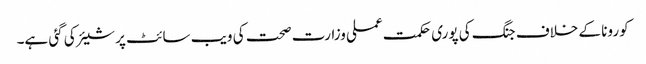
کورونا کے خلاف جنگ کی پوری حکمت عملی وزارت صحت کی ویب سائٹ پر شیئر کی گئی ہے۔